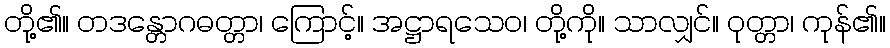
တို့၏။ တဒန္တောဂဓတ္တာ၊ ကြောင့်။ အဋ္ဌာရသေဝ၊ တို့ကို။ သာလျှင်။ ဝုတ္တာ၊ ကုန်၏။